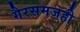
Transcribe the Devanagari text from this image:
गैरसमजही